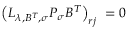
\left( L _ { \lambda , B ^ { T } , \sigma } P _ { \sigma } B ^ { T } \right) _ { r j } \ = 0